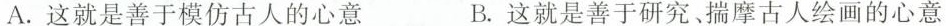
A.这就是善于模仿古人的心意 B.这就是善于研究、揣摩古人绘画的心意